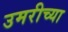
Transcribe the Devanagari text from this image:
उमरीच्या